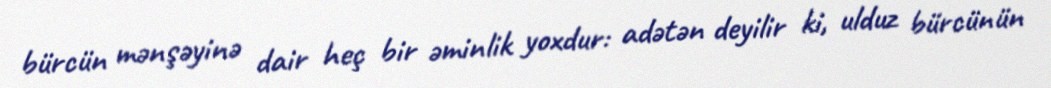
bürcün mənşəyinə dair heç bir əminlik yoxdur: adətən deyilir ki, ulduz bürcünün